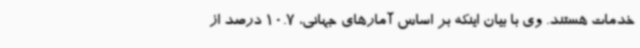
خدمات هستند. وی با بیان اینکه بر اساس آمارهای جهانی، 10.7 درصد از